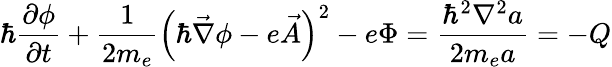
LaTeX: \hbar\frac{\partial\phi}{\partial t}+\frac{1}{2m_{e}}\left(\hbar\vec{\nabla}\phi-e\vec{A}\right)^{2}-e\Phi=\frac{\hbar^{2}\nabla^{2}a}{2m_{e}a}=-Q